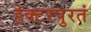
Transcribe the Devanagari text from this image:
हेक्टरपुरतं